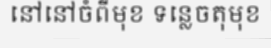
នៅនៅចំពីមុខ ទន្លេចតុមុខ